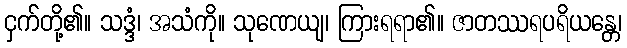
ငှက်တို့၏။ သဒ္ဒံ၊ အသံကို။ သုဏေယျ၊ ကြားရရာ၏။ ဇာတဿရပရိယန္တေ၊